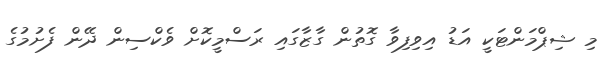
މި ޝިޕްމަންޓަކީ އަޑު އިވިފިވާ ގޮތުން ގާޒާގައި ރަސްމީކޮށް ވެކްސިން ދޭން ފެށުމުގެ